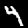
Digit: 4